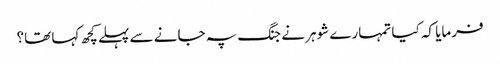
فرمایا کہ کیا تمہارے شوہر نے جنگ پہ جانے سے پہلے کچھ کہا تھا؟